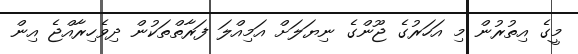
މީގެ އިތުރުން މި އަހަރުގެ ޖޫންގެ ނިޔަލަށް އަމިއްލަ ފަރާތްތަކުން ދިވެހިރާއްޖެ އިން